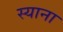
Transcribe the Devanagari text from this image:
स्‍याना